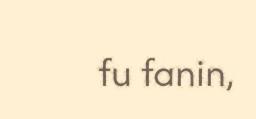
fu fanin,